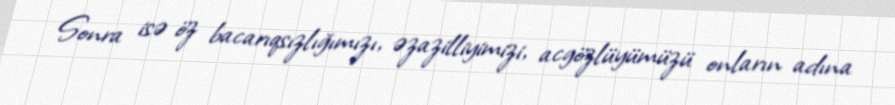
Sonra isə öz bacarıqsızlığımızı, əzazilliyimizi, acgözlüyümüzü onların adına